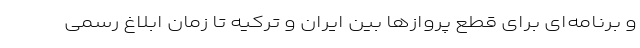
و برنامه‌ای برای قطع پروازها بین ایران و ترکیه تا زمان ابلاغ رسمی